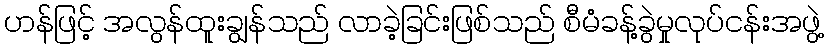
ဟန်ဖြင့် အလွန်ထူးချွန်သည် လာခဲ့ခြင်းဖြစ်သည် စီမံခန့်ခွဲမှုလုပ်ငန်းအဖွဲ့